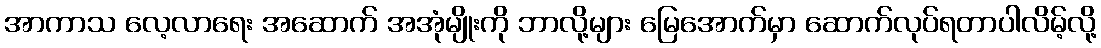
အာကာသ လေ့လာရေး အဆောက် အအုံမျိုးကို ဘာလို့များ မြေအောက်မှာ ဆောက်လုပ်ရတာပါလိမ့်လို့